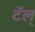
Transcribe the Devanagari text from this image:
टॅल्